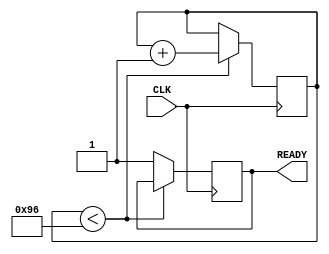
module I2C_RESET_DELAY  (
  input  CLK , 
  output reg READY 
);

reg [31:0] DELAY  ;  
reg        READY_n ; 
always @( posedge CLK   ) 
if ( DELAY < 30*5) DELAY <= DELAY+1 ;
else READY <=1 ; 

endmodule